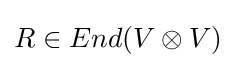
R\in End(V\otimes V)